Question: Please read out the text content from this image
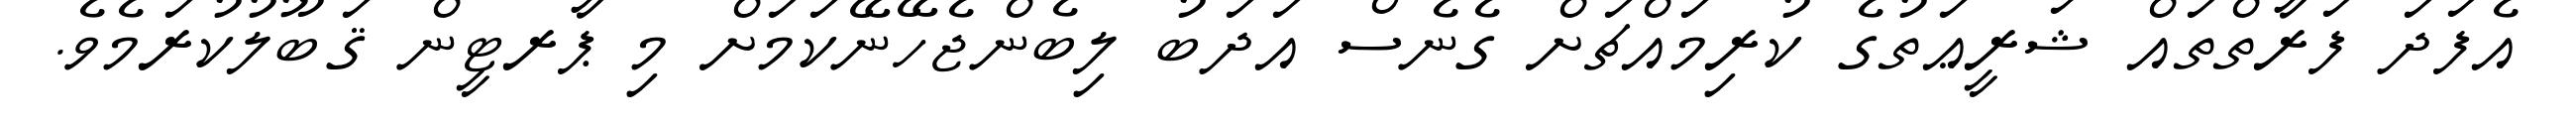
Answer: އެފަދަ ފަރާތްތައް ޝަރީޢަތުގެ ކުރިމައްޗަށް ގެނެސް އަދަބު ލިބެންޖެހޭނޭކަމަށް މި ޕާރޓީން ޤަބޫލުކުރަމެވެ.